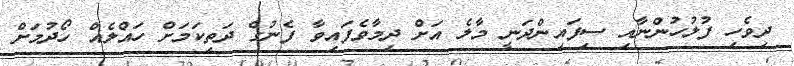
ދިވެހި ފުލުހުންނާއި ސިފައިންދަނީ މާލެ އަށް ދިމާވެފައިވާ ފެނުގެ ދަތިކަމަށް ހައްލެއް ހޯދުމަށް